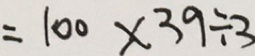
= 1 0 0 \times 3 9 \div 3